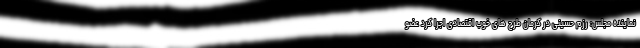
نماینده مجلس: رزم حسینی در کرمان طرح های خوب اقتصادی اجرا کرد عضو